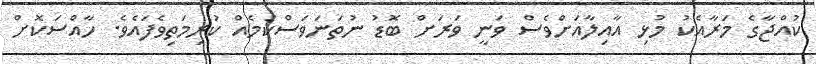
ކުއްޖާގެ މަރާއެކު މުޅި އާއިލާއަށްވެސް ވަނީ ވަރަށް ބޮޑު ނުތަނަވަސްކަމެއް ކުރިމަތިވެފައެވެ. ހާއްސަކޮށް